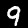
Label: 9